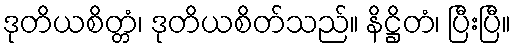
ဒုတိယစိတ္တံ၊ ဒုတိယစိတ်သည်။ နိဋ္ဌိတံ၊ ပြီးပြီ။